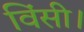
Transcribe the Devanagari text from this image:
विंसी।